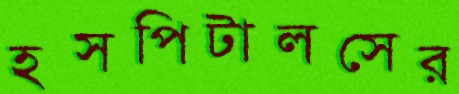
হসপিটালসের